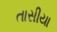
તાસીયા